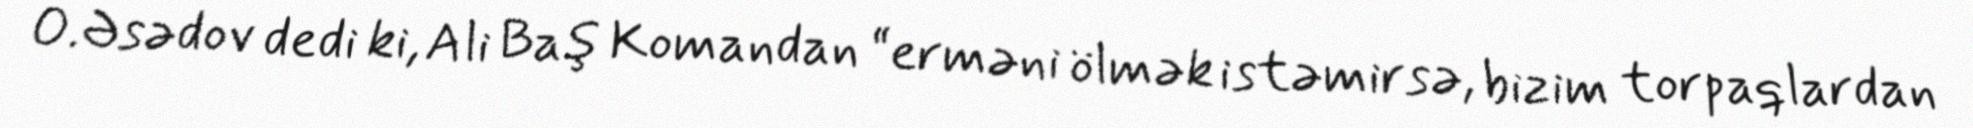
O.Əsədov dedi ki, Ali Baş Komandan “erməni ölmək istəmirsə, bizim torpaqlardan